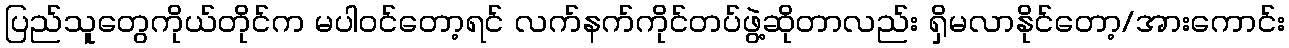
ပြည်သူတွေကိုယ်တိုင်က မပါဝင်တော့ရင် လက်နက်ကိုင်တပ်ဖွဲ့ဆိုတာလည်း ရှိမလာနိုင်တော့/အားကောင်း